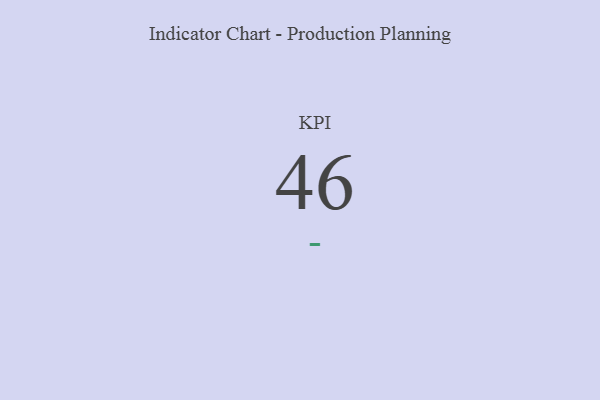
{"axis": {"x": "KPI", "y": "Value"}, "legend": [""], "data": [{"x": "KPI", "y": 46, "type": ""}]}